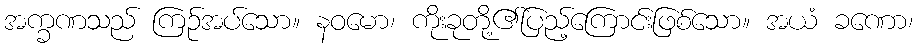
အက္ခဏသည် ကြဉ်အပ်သော။ နဝမော၊ ကိုးခုတို့၏ပြည့်ကြောင်းဖြစ်သော။ အယံ ခဏော၊